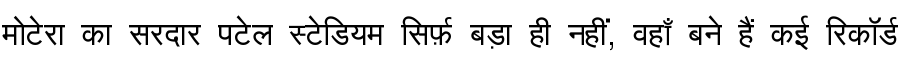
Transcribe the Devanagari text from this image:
मोटेरा का सरदार पटेल स्टेडियम सिर्फ़ बड़ा ही नहीं, वहाँ बने हैं कई रिकॉर्ड